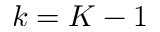
k = K - 1